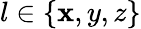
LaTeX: l\in\{ \mathbf{x},y,z\}